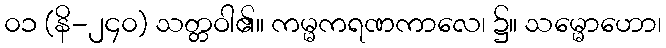
၀၁ (နိ-၂၄၀) သတ္တဝါ၏။ ကမ္မကရဏကာလေ၊ ၌။ သမ္မောဟော၊